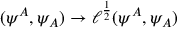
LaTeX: ( \psi ^ { A } , \psi _ { A } ) \rightarrow \ell ^ { \frac { 1 } { 2 } } ( \psi ^ { A } , \psi _ { A } )